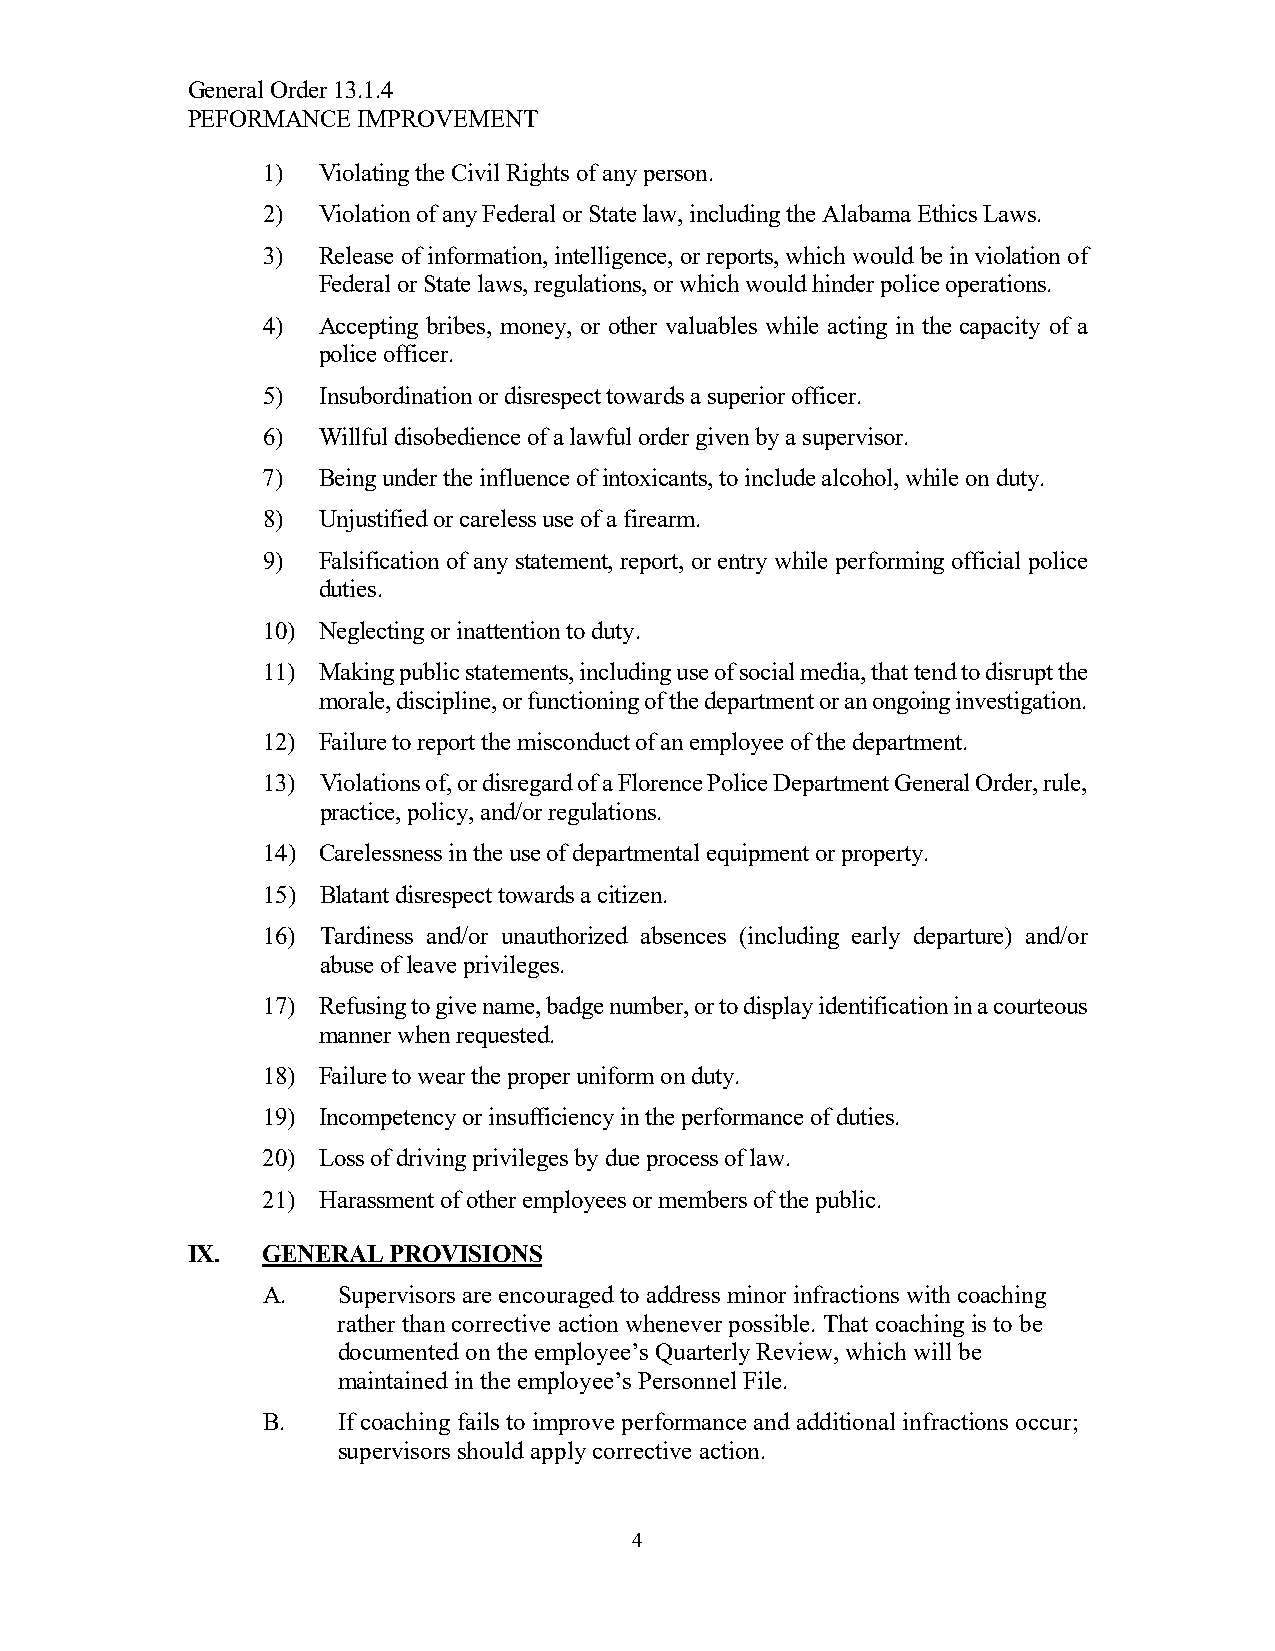
General Order 13.1.4
 PEFORMANCE  IMPROVEMENT
 1)  Violating the Civil Rights of any person.
 2)  Violation of any Federal or State law, including the Alabama Ethics Laws.
 3)  Release of information, intelligence, or reports, which would be in violation of
 Federal or State laws, regulations, or which would hinder police operations.
 4)  Accepting bribes, money, or other valuables while acting in the capacity of a
 police officer.
 5)  Insubordination or disrespect towards a superior officer.
 6)  Willful disobedience of a lawful order given by a supervisor.
 7)  Being under the influence of intoxicants, to include alcohol, while on duty.
 8)  Unjustified or careless use of a firearm.
 9)  Falsification of any statement, report, or entry while performing official police
 duties.
 10) Neglecting or inattention to duty.
 11) Making public statements, including use of social media, that tend to disrupt the
 morale, discipline, or functioning of the department or an ongoing investigation.
 12) Failure to report the misconduct of an employee of the department.
 13) Violations of, or disregard of a Florence Police Department General Order, rule,
 practice, policy, and/or regulations.
 14) Carelessness in the use of departmental equipment or property.
 15) Blatant disrespect towards a citizen.
 16) Tardiness and/or unauthorized absences (including early departure) and/or
 abuse of leave privileges.
 17) Refusing to give name, badge number, or to display identification in a courteous
 manner when requested.
 18) Failure to wear the proper uniform on duty.
 19) Incompetency or insufficiency in the performance of duties.
 20) Loss of driving privileges by due process of law.
 21) Harassment of other employees or members of the public.
 IX.  GENERAL  PROVISIONS
 A.   Supervisors are encouraged to address minor infractions with coaching
 rather than corrective action whenever possible. That coaching is to be
 documented on the employee’s Quarterly Review, which will be
 maintained in the employee’s Personnel File.
 B.   If coaching fails to improve performance and additional infractions occur;
 supervisors should apply corrective action.
 4